Vaccine operations Central Provinces 1886-1899 - 1886-1899
Year: 1886
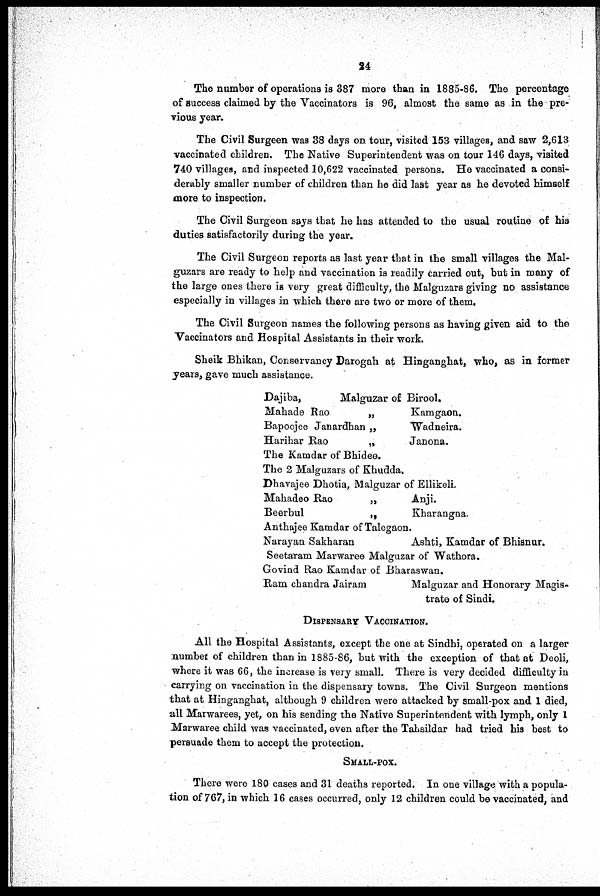
24
The number of operations is 387 more than in 1885-86. The percentage
of success claimed by the Vaccinators is 96, almost the same as in the pre-
vious year.
The Civil Surgeen was 38 days on tour, visited 153 villages, and saw 2,613
vaccinated children. The Native Superintendent was on tour 146 days, visited
740 villages, and inspected 10,622 vaccinated persons. He vaccinated a consi-
derably smaller number of children than he did last year as he devoted himself
more to inspection.
The Civil Surgeon says that he has attended to the usual routine of his
duties satisfactorily during the year.
The Civil Surgeon reports as last year that in the small villages the Mal-
guzars are ready to help and vaccination is readily carried out, but in many of
the large ones there is very great difficulty, the Malguzars giving no assistance
especially in villages in which there are two or more of them.
The Civil Surgeon names the following persons as having given aid to the
Vaccinators and Hospital Assistants in their work.
Sheik Bhikan, Conservancy Darogah at Hinganghat, who, as in former
years, gave much assistance.
Dajiba,
Malguzar of Birool.
Mahade Rao
„
Kamgaon.
Bapoojee Janardhan „
Wadneira.
Harihar Rao
„
Janona.
The Kamdar of Bhidee.
The 2 Malguzars of Khudda.
Dhavajee Dhotia, Malguzar of Ellikeli.
Mahadeo Rao
„
Anji.
Beerbul
„
Kharangna.
Anthajee Kamdar of Talegaon.
Narayan Sakharan
Ashti, Kamdar of Bhisnur.
Seetaram Marwaree Malguzar of Wathora.
Govind Rao Kamdar of Bharaswan.
Ram chandra Jairam
Malguzar and Honorary Magis-
trate of Sindi.
DISPENSARY VACCINATION.
All the Hospital Assistants, except the one at Sindhi, operated on a larger
number of children than in 1880-86, but with the exception of that at Deoli,
where it was 66, the increase is very small. There is very decided difficulty in
carrying on vaccination in the dispensary towns. The Civil Surgeon mentions
that at Hinganghat, although 9 children were attacked by small-pox and 1 died,
all Marwarees, yet, on his sending the Native Superintendent with lymph, only 1
Marwaree child was vaccinated, even after the Tahsildar had tried his best to
persuade them to accept the protection.
SMALL-POX.
There were 180 cases and 31 deaths reported. In one village with a popula-
tion of 767, in which 16 cases occurred, only 12 children could be vaccinated, and